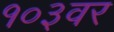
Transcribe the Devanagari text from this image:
१०३वर